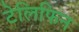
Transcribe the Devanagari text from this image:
टेलिफिन